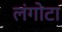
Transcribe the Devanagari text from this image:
लंगोटा